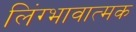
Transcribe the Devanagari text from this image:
लिंग्भावात्मक